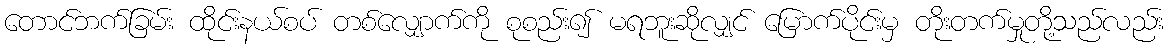
တောင်ဘက်ခြမ်း ထိုင်းနယ်စပ် တစ်လျှောက်ကို စုစည်း၍ မရဘူးဆိုလျှင် မြောက်ပိုင်းမှ တိုးတက်မှုတို့သည်လည်း